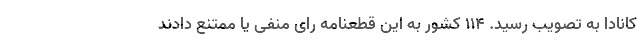
کانادا به تصویب رسید. ۱۱۴ کشور به این قطعنامه رای منفی یا ممتنع دادند